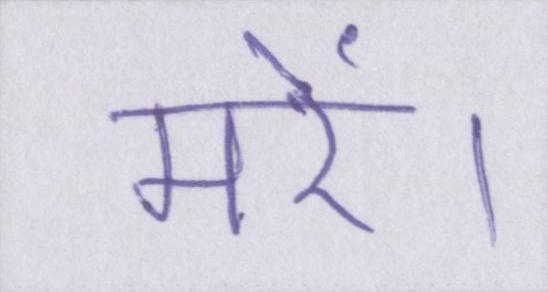
मरें।